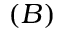
( B )